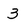
Character: 3